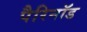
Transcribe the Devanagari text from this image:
पैरिनॉड